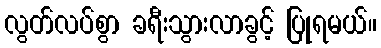
လွတ်လပ်စွာ ခရီးသွားလာခွင့် ပြုရမယ်။